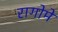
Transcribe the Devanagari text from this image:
रागोमें